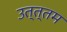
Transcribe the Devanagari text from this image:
उत्त्तम